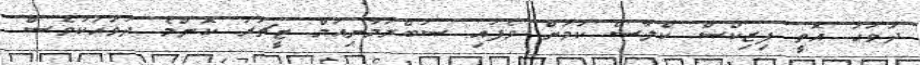
ދުވަހު އޮތީ ފިޒިކްސް ކްލާސް ކަމަށް ވެފައި ސުބްރަމާނިއަމް ޓީޗަރު ކޮންމެ ދުވަހަކުވެސް